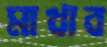
মাখাব